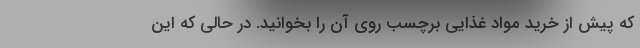
که پیش از خرید مواد غذایی برچسب روی آن را بخوانید. در حالی که این